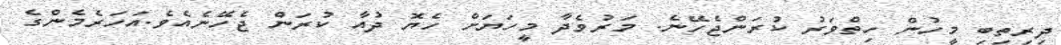
ދިރިތިބި މީހުން ހިތްވަރު ކުރަންޖެހޭނެ. މަރުވެދާ މީހަޔަށް ހެޔޮ ދުއާ ކުރަން ޖެހޭނެއެވެ.އަހަރެމެންގެ